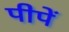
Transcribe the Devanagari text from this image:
पीपें